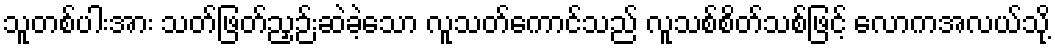
သူတစ်ပါးအား သတ်ဖြတ်ညှဉ်းဆဲခဲ့သော လူသတ်ကောင်သည် လူသစ်စိတ်သစ်ဖြင့် လောကအလယ်သို့